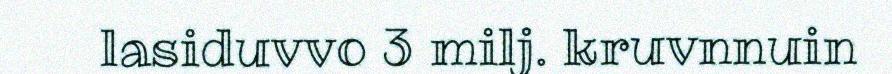
lasiduvvo 3 milj. kruvnnuin